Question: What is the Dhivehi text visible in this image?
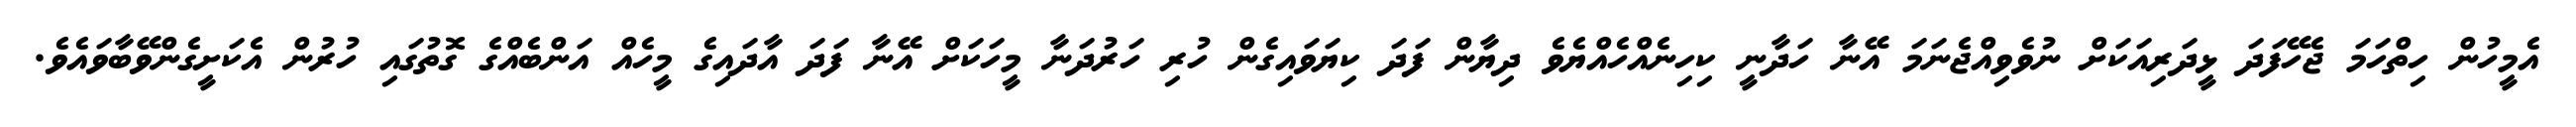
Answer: އެމީހުން ހިތްހަމަ ޖެހޭފަދަ ޅީދަރިއަކަށް ނުވެވިއްޖެނަމަ އޭނާ ހަދާނީ ކިހިނެއްހެއްޔެވެ ދިޔާން ފަދަ ކިޔަވައިގެން ހުރި ހަރުދަނާ މީހަކަށް އޭނާ ފަދަ އާދައިގެ މީހެއް އަންބެއްގެ ގޮތުގައި ހުރުން އެކަށީގެންވޭބާވައެވެ.